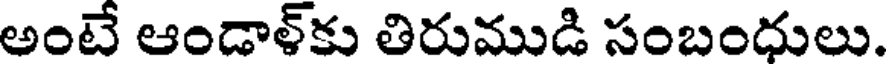
అంటే ఆండాళ్కు తిరుముడి సంబంధులు.